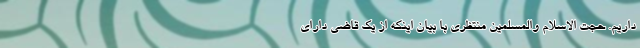
داریم. حجت الاسلام والمسلمین منتظری با بیان اینکه از یک قاضی دارای